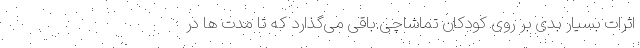
اثرات بسیار بدی بر روی کودکان تماشاچی باقی می‌گذارد که تا مدت ها در